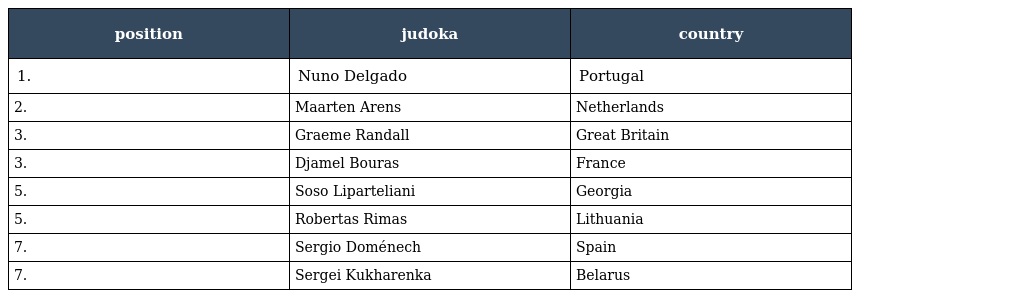
| position | judoka | country |
 | --- | --- | --- |
 | 1. | Nuno Delgado | Portugal |
 | 2. | Maarten Arens | Netherlands |
 | 3. | Graeme Randall | Great Britain |
 | 3. | Djamel Bouras | France |
 | 5. | Soso Liparteliani | Georgia |
 | 5. | Robertas Rimas | Lithuania |
 | 7. | Sergio Doménech | Spain |
 | 7. | Sergei Kukharenka | Belarus |